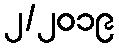
၂/၂၀၁၉